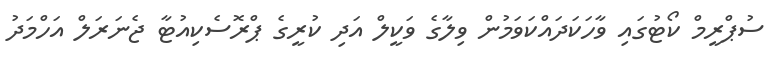
ސުޕްރީމް ކޯޓުގައި ވާހަކަދައްކަވަމުން ވިލާގެ ވަކީލް އަދި ކުރީގެ ޕްރޮސެކިއުޓާ ޖެނަރަލް އަހްމަދު